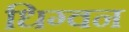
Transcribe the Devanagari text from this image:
धिग्वन